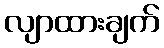
လျာထားချက်